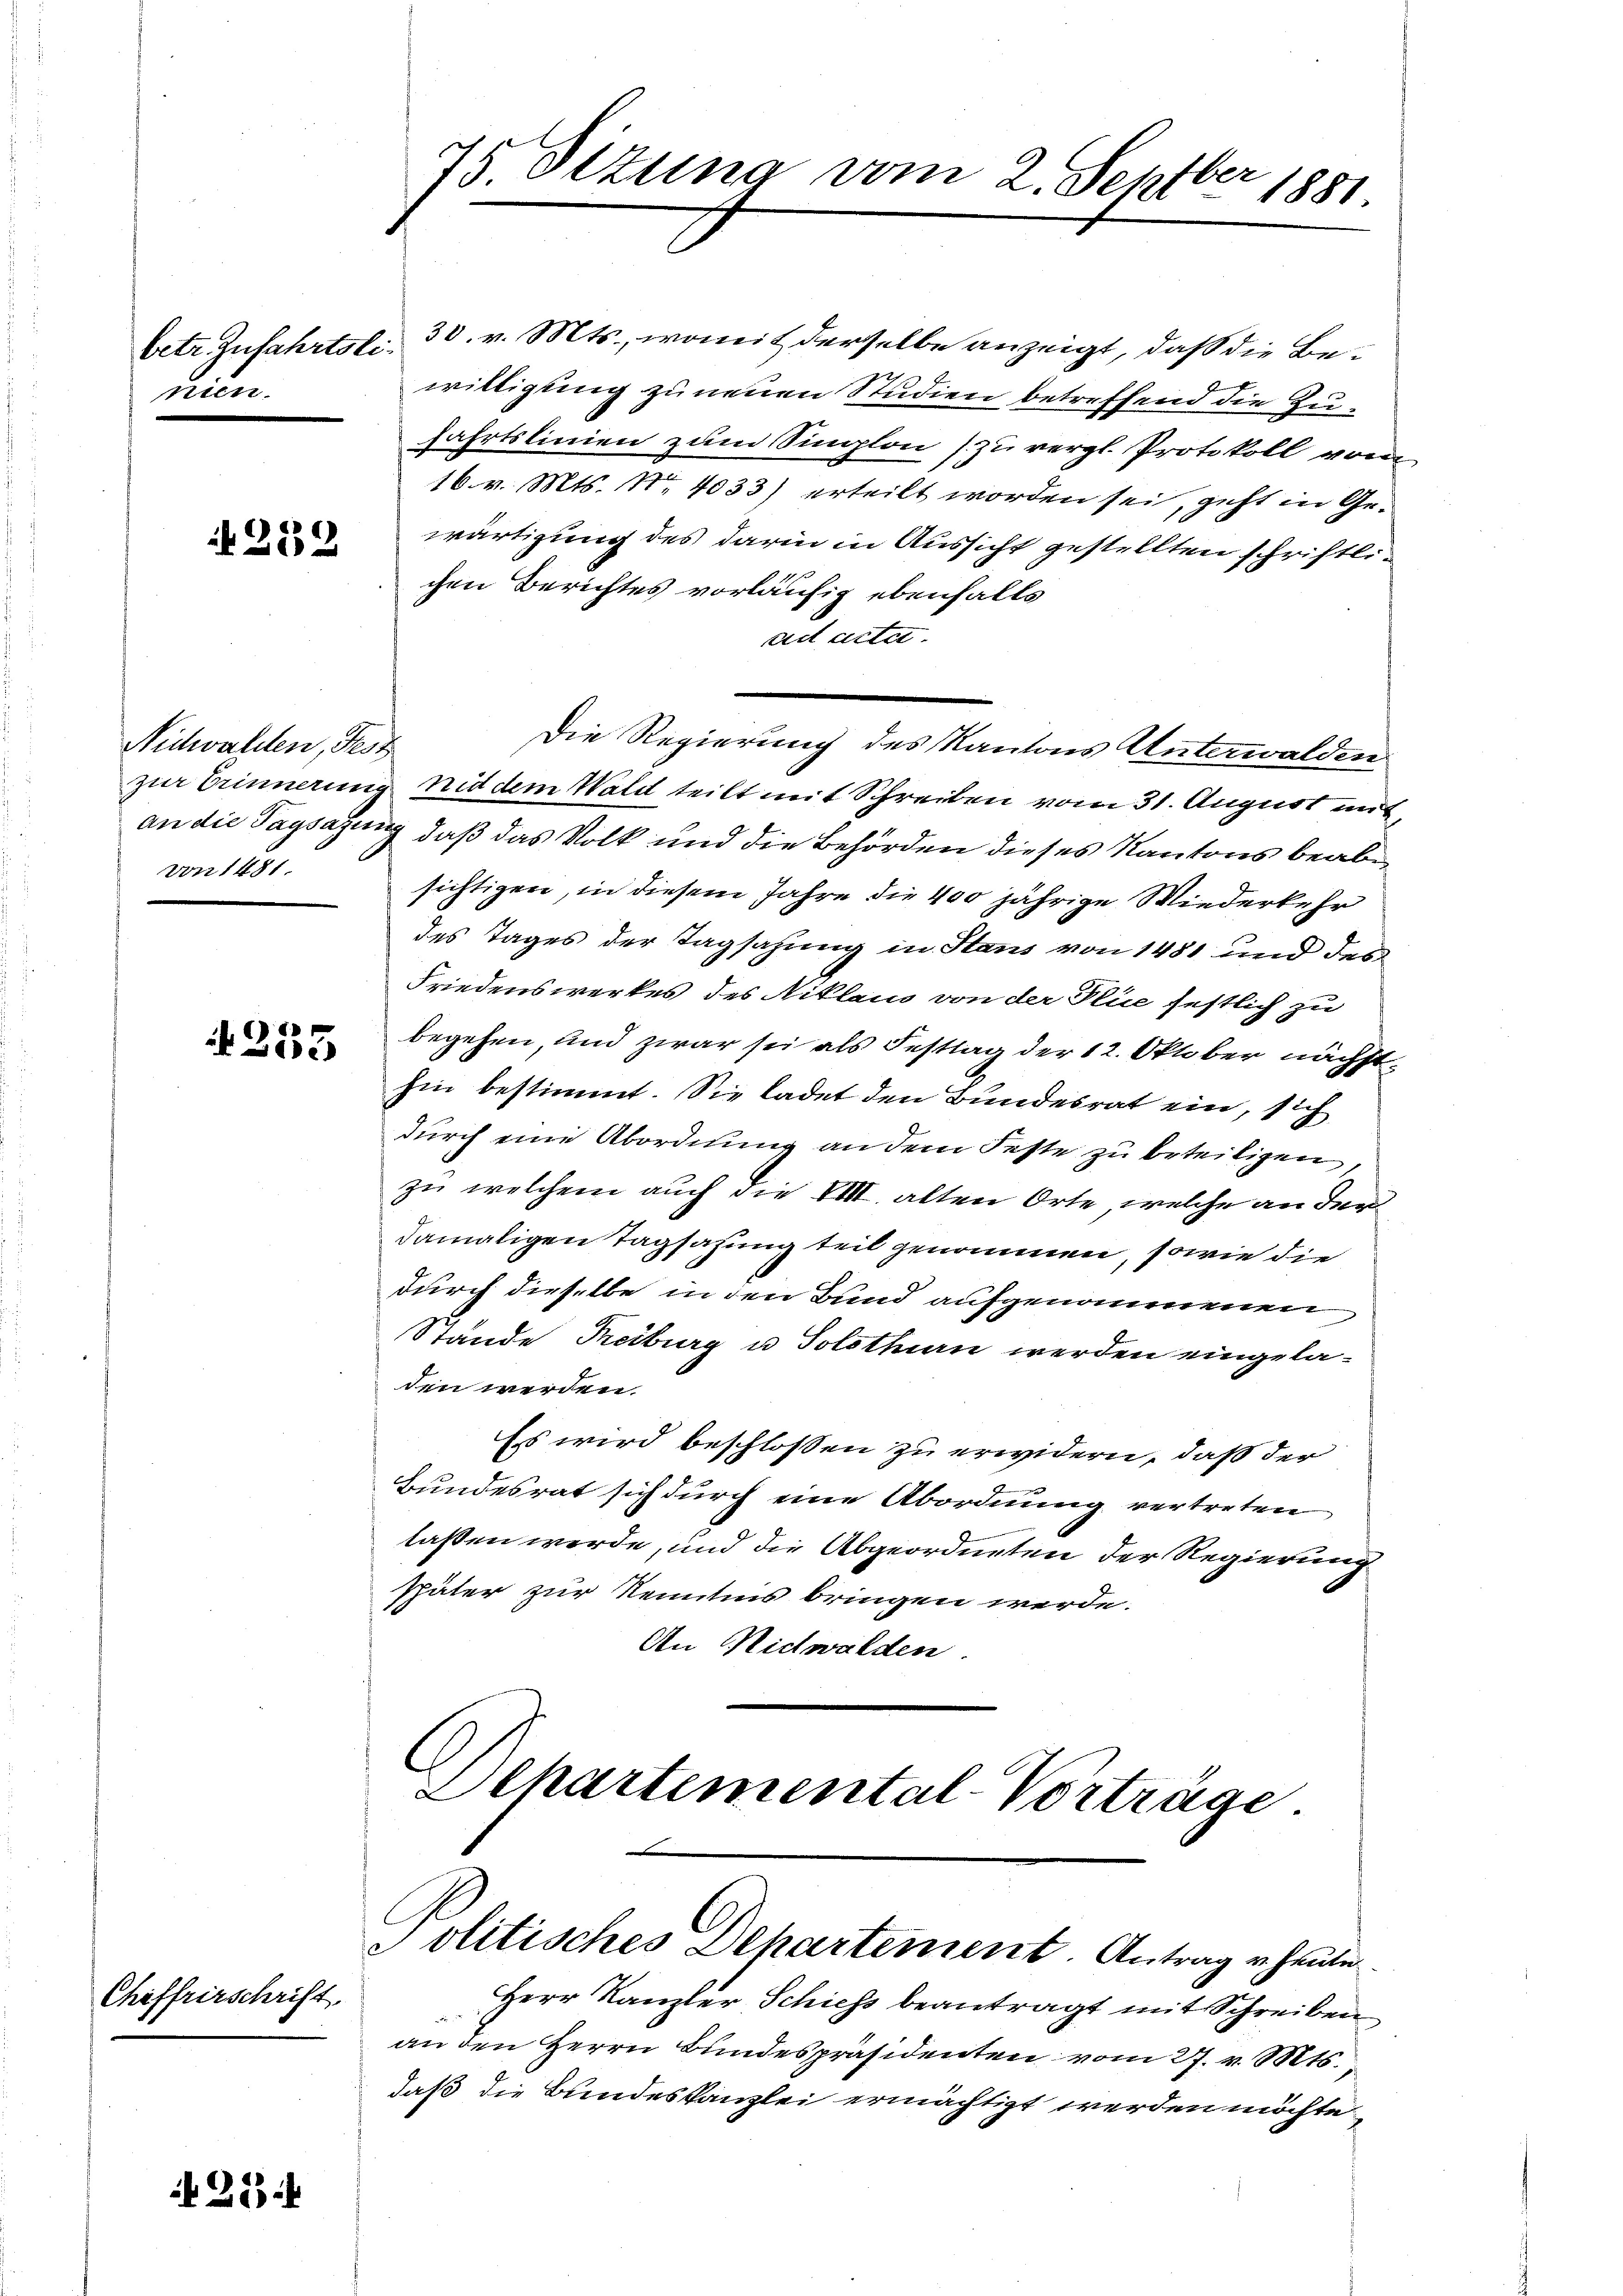
nien.

254

N 239

Nidwalden, Fest
von 1481.

e
300x

Chiffrirschrift.

75. Situng vom 2. Septber 1881.

betr. Zufahrtsli 30. v. Mts., womit derselbe anzeigt, daß die Bewilligung zu neuen Studien betreffend die Zufahrtslinien zum Singlon (zu vergl. Protokoll vom
16. v. Mts. No 4033) erteilt worden sei, geht in Gewärtigung des darin in Aussicht gestellten schriftlichen Berichtes vorläufig ebenfalls
ad acte.
zur Erinnerung nid dem Wald teilt mit Schreiben vom 31. August mit
an die Tagsazung, daß das Volk und die Behörden dieses Kantons beab
sichtigen, in diesem Jahre die 400 jährige Wiederkehr
des Tages der Tagsahung in Stans von 1481 und den
Friedenswerkes des Niklaus von der Flie festlich zu
begehen, und zwar sei als Festtag der 12. Oktober nächsthin bestimmt. Sie ladet den Bundesrat ein, sich
durch eine Abordnung an dem Feste zu beteiligen,
zu welchem auch die VIII. alten Orte, welche an der
damaligen Tagsazung teil genommen, sowie die
durch dieselbe in den Bund aufgenommenen
Stande Treiburg u Solothurn werden eingela-
den werden.
Es wird beschlossen zu erwidern, daß der
Bundesrat sich durch eine Abordnung vertreten
laßen werde, und die Abgeordneten der Regierung
Phäter zur Kenntnis bringen werde.
An Nidwalden.

Die Regierung des Kantons Unterwalden

Schartemental-Vorträge.
Politisches Dehartement. Antrag u. heute

Herr Kanzler Schiess beantragt mit Schreiben
an den Herrn Bundespräsidenten vom 27. v. Mts.
daß die Bundeskanzlei ermächtigt werden möchte,